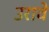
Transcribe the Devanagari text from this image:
उरावे